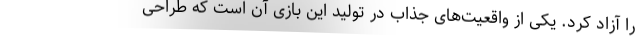
را آزاد کرد. یکی از واقعیت‌های جذاب در تولید این بازی آن است که طراحی